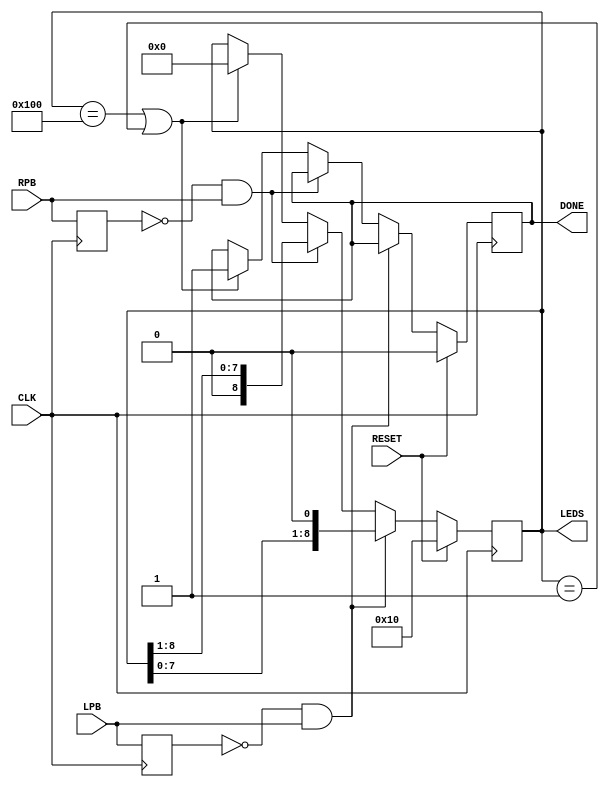
module tug_of_war(LPB, RPB, CLK, RESET, LEDS, DONE);
	input 		 LPB;
	input 		 RPB;
	input 		 CLK;
	input 		 RESET;
	output reg   DONE;
	output [8:0] LEDS;
	
	reg [8:0] position;
	reg left;
	reg right;
	wire L, R;
	
	// Capture rising edge when push the button
	assign L = ~left && LPB;
	assign R = ~right && RPB;
	
	assign LEDS = position;
	
	always @ (posedge CLK) begin
		left <= LPB;
		right <= RPB;
		
		if(RESET) begin
			position <= 7'b000010000;
			DONE <= 1'b0;
		end
		else if(L)
			position <= position << 1;
		else if(R)
			position <= position >> 1;
		else if((position == 9'b100000000) || (position == 9'b000000001)) begin
			position <= 9'b0;
			DONE <= 1'b1;
		end
	end
endmodule